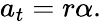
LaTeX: a_{t}=r\alpha.